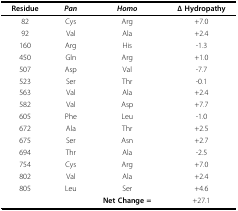
<table><thead><tr><td><b>Residue</b></td><td><b><i>Pan</i></b></td><td><b><i>Homo</i></b></td><td><b>Δ Hydropathy</b></td></tr></thead><tbody><tr><td>82</td><td>Cys</td><td>Arg</td><td>+7.0</td></tr><tr><td>92</td><td>Val</td><td>Ala</td><td>+2.4</td></tr><tr><td>160</td><td>Arg</td><td>His</td><td>-1.3</td></tr><tr><td>450</td><td>Gln</td><td>Arg</td><td>+1.0</td></tr><tr><td>507</td><td>Asp</td><td>Val</td><td>-7.7</td></tr><tr><td>523</td><td>Ser</td><td>Thr</td><td>-0.1</td></tr><tr><td>563</td><td>Val</td><td>Ala</td><td>+2.4</td></tr><tr><td>582</td><td>Val</td><td>Asp</td><td>+7.7</td></tr><tr><td>605</td><td>Phe</td><td>Leu</td><td>-1.0</td></tr><tr><td>672</td><td>Ala</td><td>Thr</td><td>+2.5</td></tr><tr><td>675</td><td>Ser</td><td>Asn</td><td>+2.7</td></tr><tr><td>694</td><td>Thr</td><td>Ala</td><td>-2.5</td></tr><tr><td>754</td><td>Cys</td><td>Arg</td><td>+7.0</td></tr><tr><td>802</td><td>Val</td><td>Ala</td><td>+2.4</td></tr><tr><td>805</td><td>Leu</td><td>Ser</td><td>+4.6</td></tr><tr><td></td><td></td><td><b>Net Change =</b></td><td>+27.1</td></tr></tbody></table>